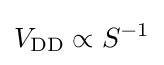
V_{\text{DD}}\propto S^{-1}